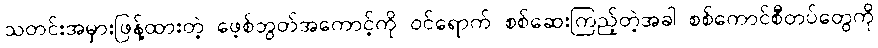
သတင်းအမှားဖြန့်ထားတဲ့ ဖေ့စ်ဘွတ်အကောင့်ကို ဝင်ရောက် စစ်ဆေးကြည့်တဲ့အခါ စစ်ကောင်စီတပ်တွေကို